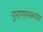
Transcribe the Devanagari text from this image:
पुराणस्वरूपांत